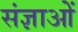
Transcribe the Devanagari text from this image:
संज्ञाओें